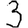
Digit: 3